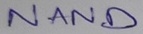
Text: NAND